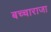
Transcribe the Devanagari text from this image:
बच्‍चाराजा